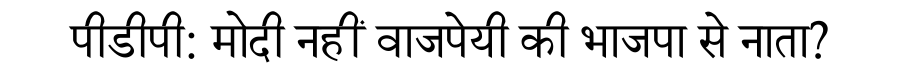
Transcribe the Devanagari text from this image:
पीडीपी: मोदी नहीं वाजपेयी की भाजपा से नाता?